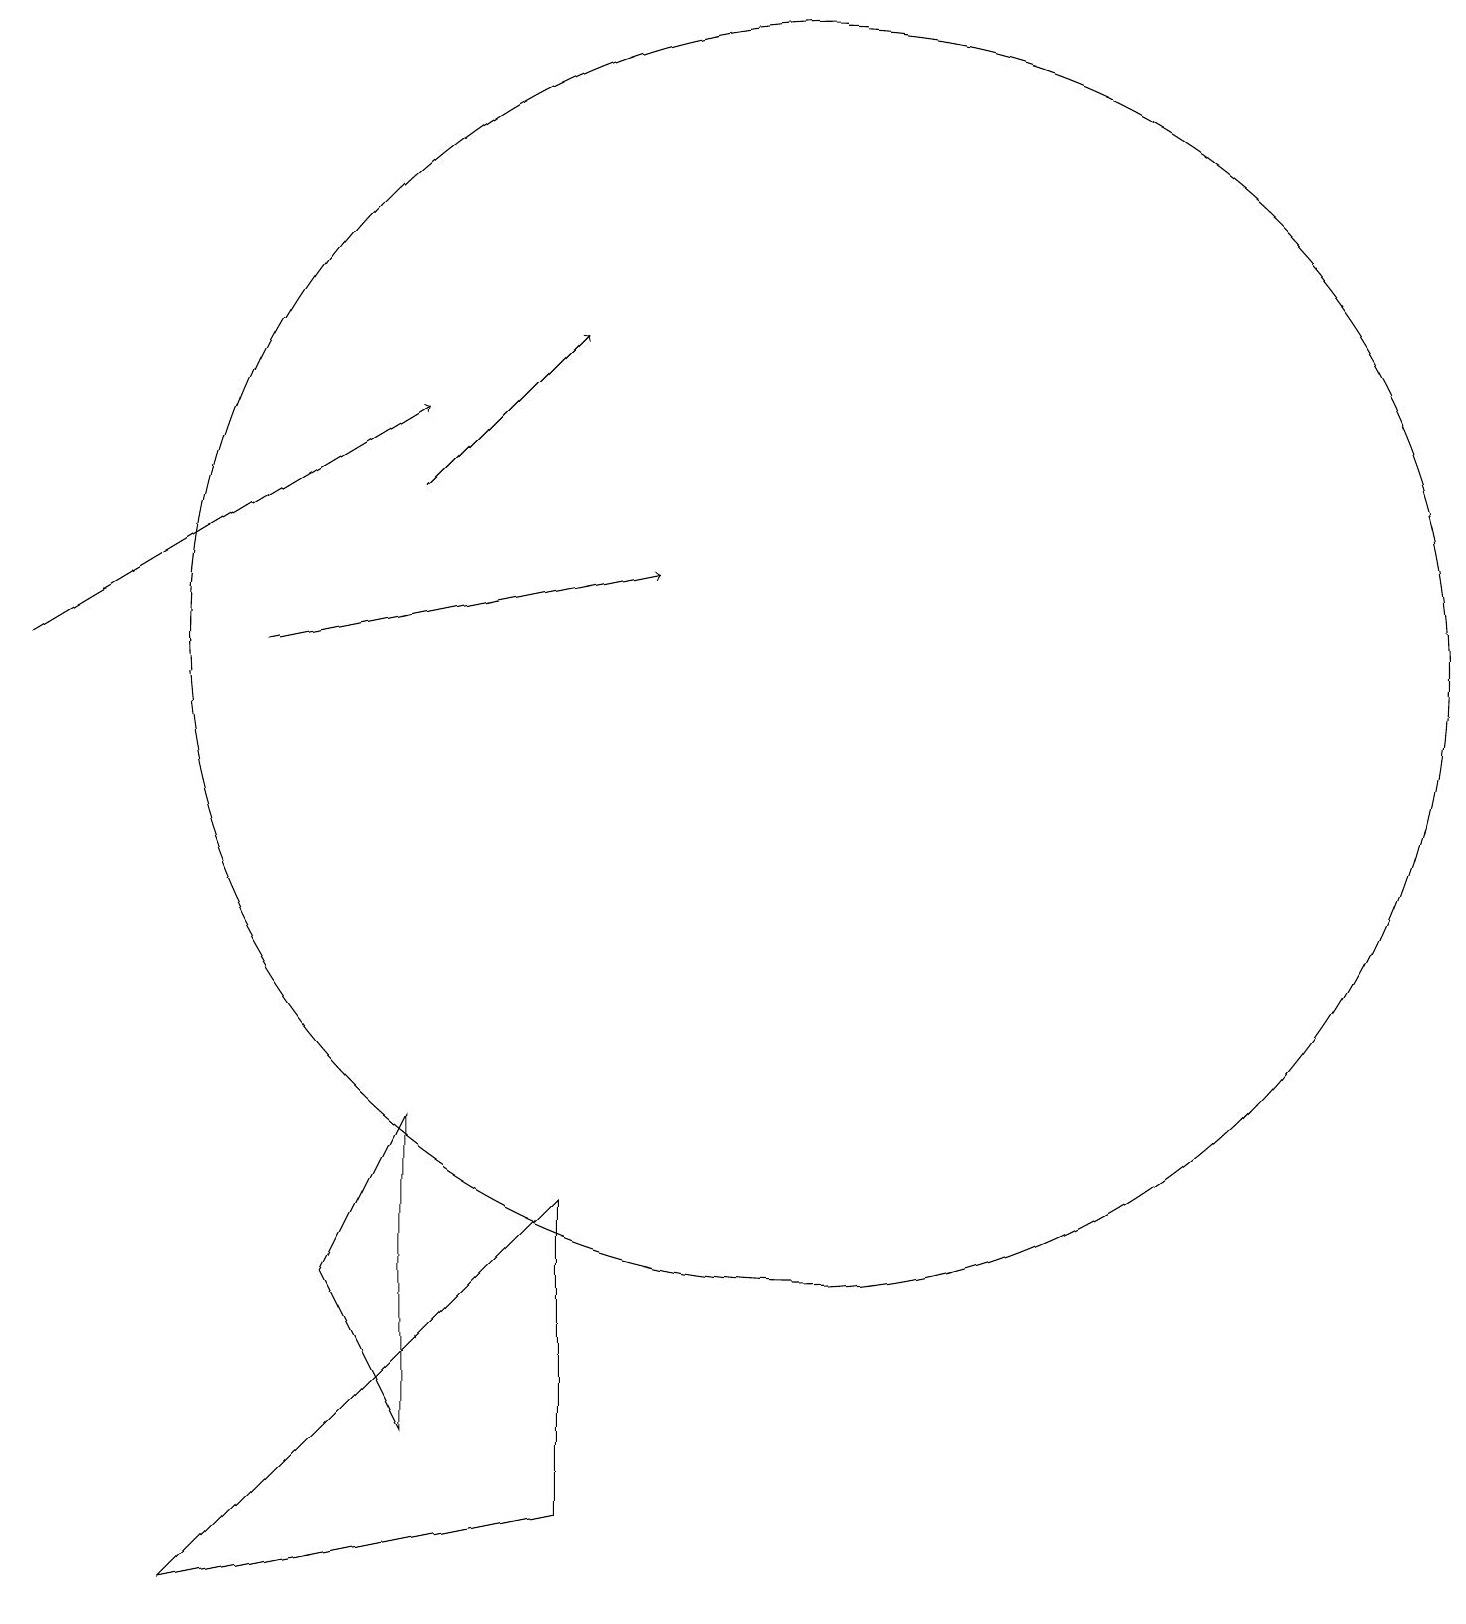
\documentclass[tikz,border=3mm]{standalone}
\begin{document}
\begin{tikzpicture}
\draw[->] (1,12) -- (6,15);
\draw (11,12) circle (8);
\draw[->] (6,14) -- (8,16);
\draw (6,6) -- (5,4) -- (6,2) -- cycle;
\draw (11,12) circle (0);
\draw[->] (4,12) -- (9,13);
\draw (12,12) circle (0);
\draw (8,5) -- (3,0) -- (8,1) -- cycle;
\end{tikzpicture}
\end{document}